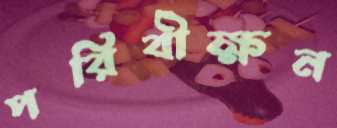
পরিবীক্ষন